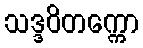
သဒ္ဒဝိတက္ကော